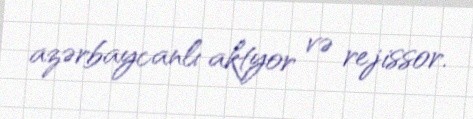
azərbaycanlı aktyor və rejissor.